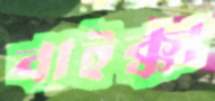
বাইক্কা